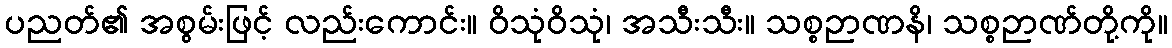
ပညတ်၏ အစွမ်းဖြင့် လည်းကောင်း။ ဝိသုံဝိသုံ၊ အသီးသီး။ သစ္စဉာဏနိ၊ သစ္စဉာဏ်တို့ကို။